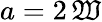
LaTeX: a=2\, \mathfrak{W}